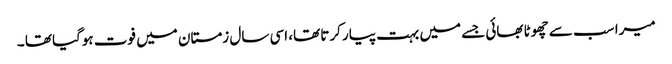
میرا سب سے چھوٹا بھائی جسے میں بہت پیار کرتا تھا، اسی سال زمستان میں فوت ہوگیا تھا ۔